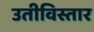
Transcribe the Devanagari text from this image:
उतीविस्तार